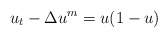
\begin{align*}u_t-\Delta u^m=u(1-u)\end{align*}